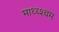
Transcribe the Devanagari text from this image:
माध्य्श्थम